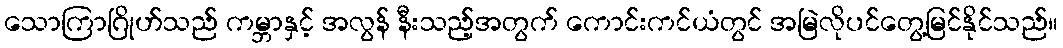
သောကြာဂြိုဟ်သည် ကမ္ဘာနှင့် အလွန် နီးသည့်အတွက် ကောင်းကင်ယံတွင် အမြဲလိုပင်တွေ့မြင်နိုင်သည်။